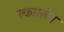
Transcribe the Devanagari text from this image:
क्लास्लेस